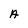
Character: A